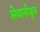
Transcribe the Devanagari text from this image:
सेवानीवृत्त